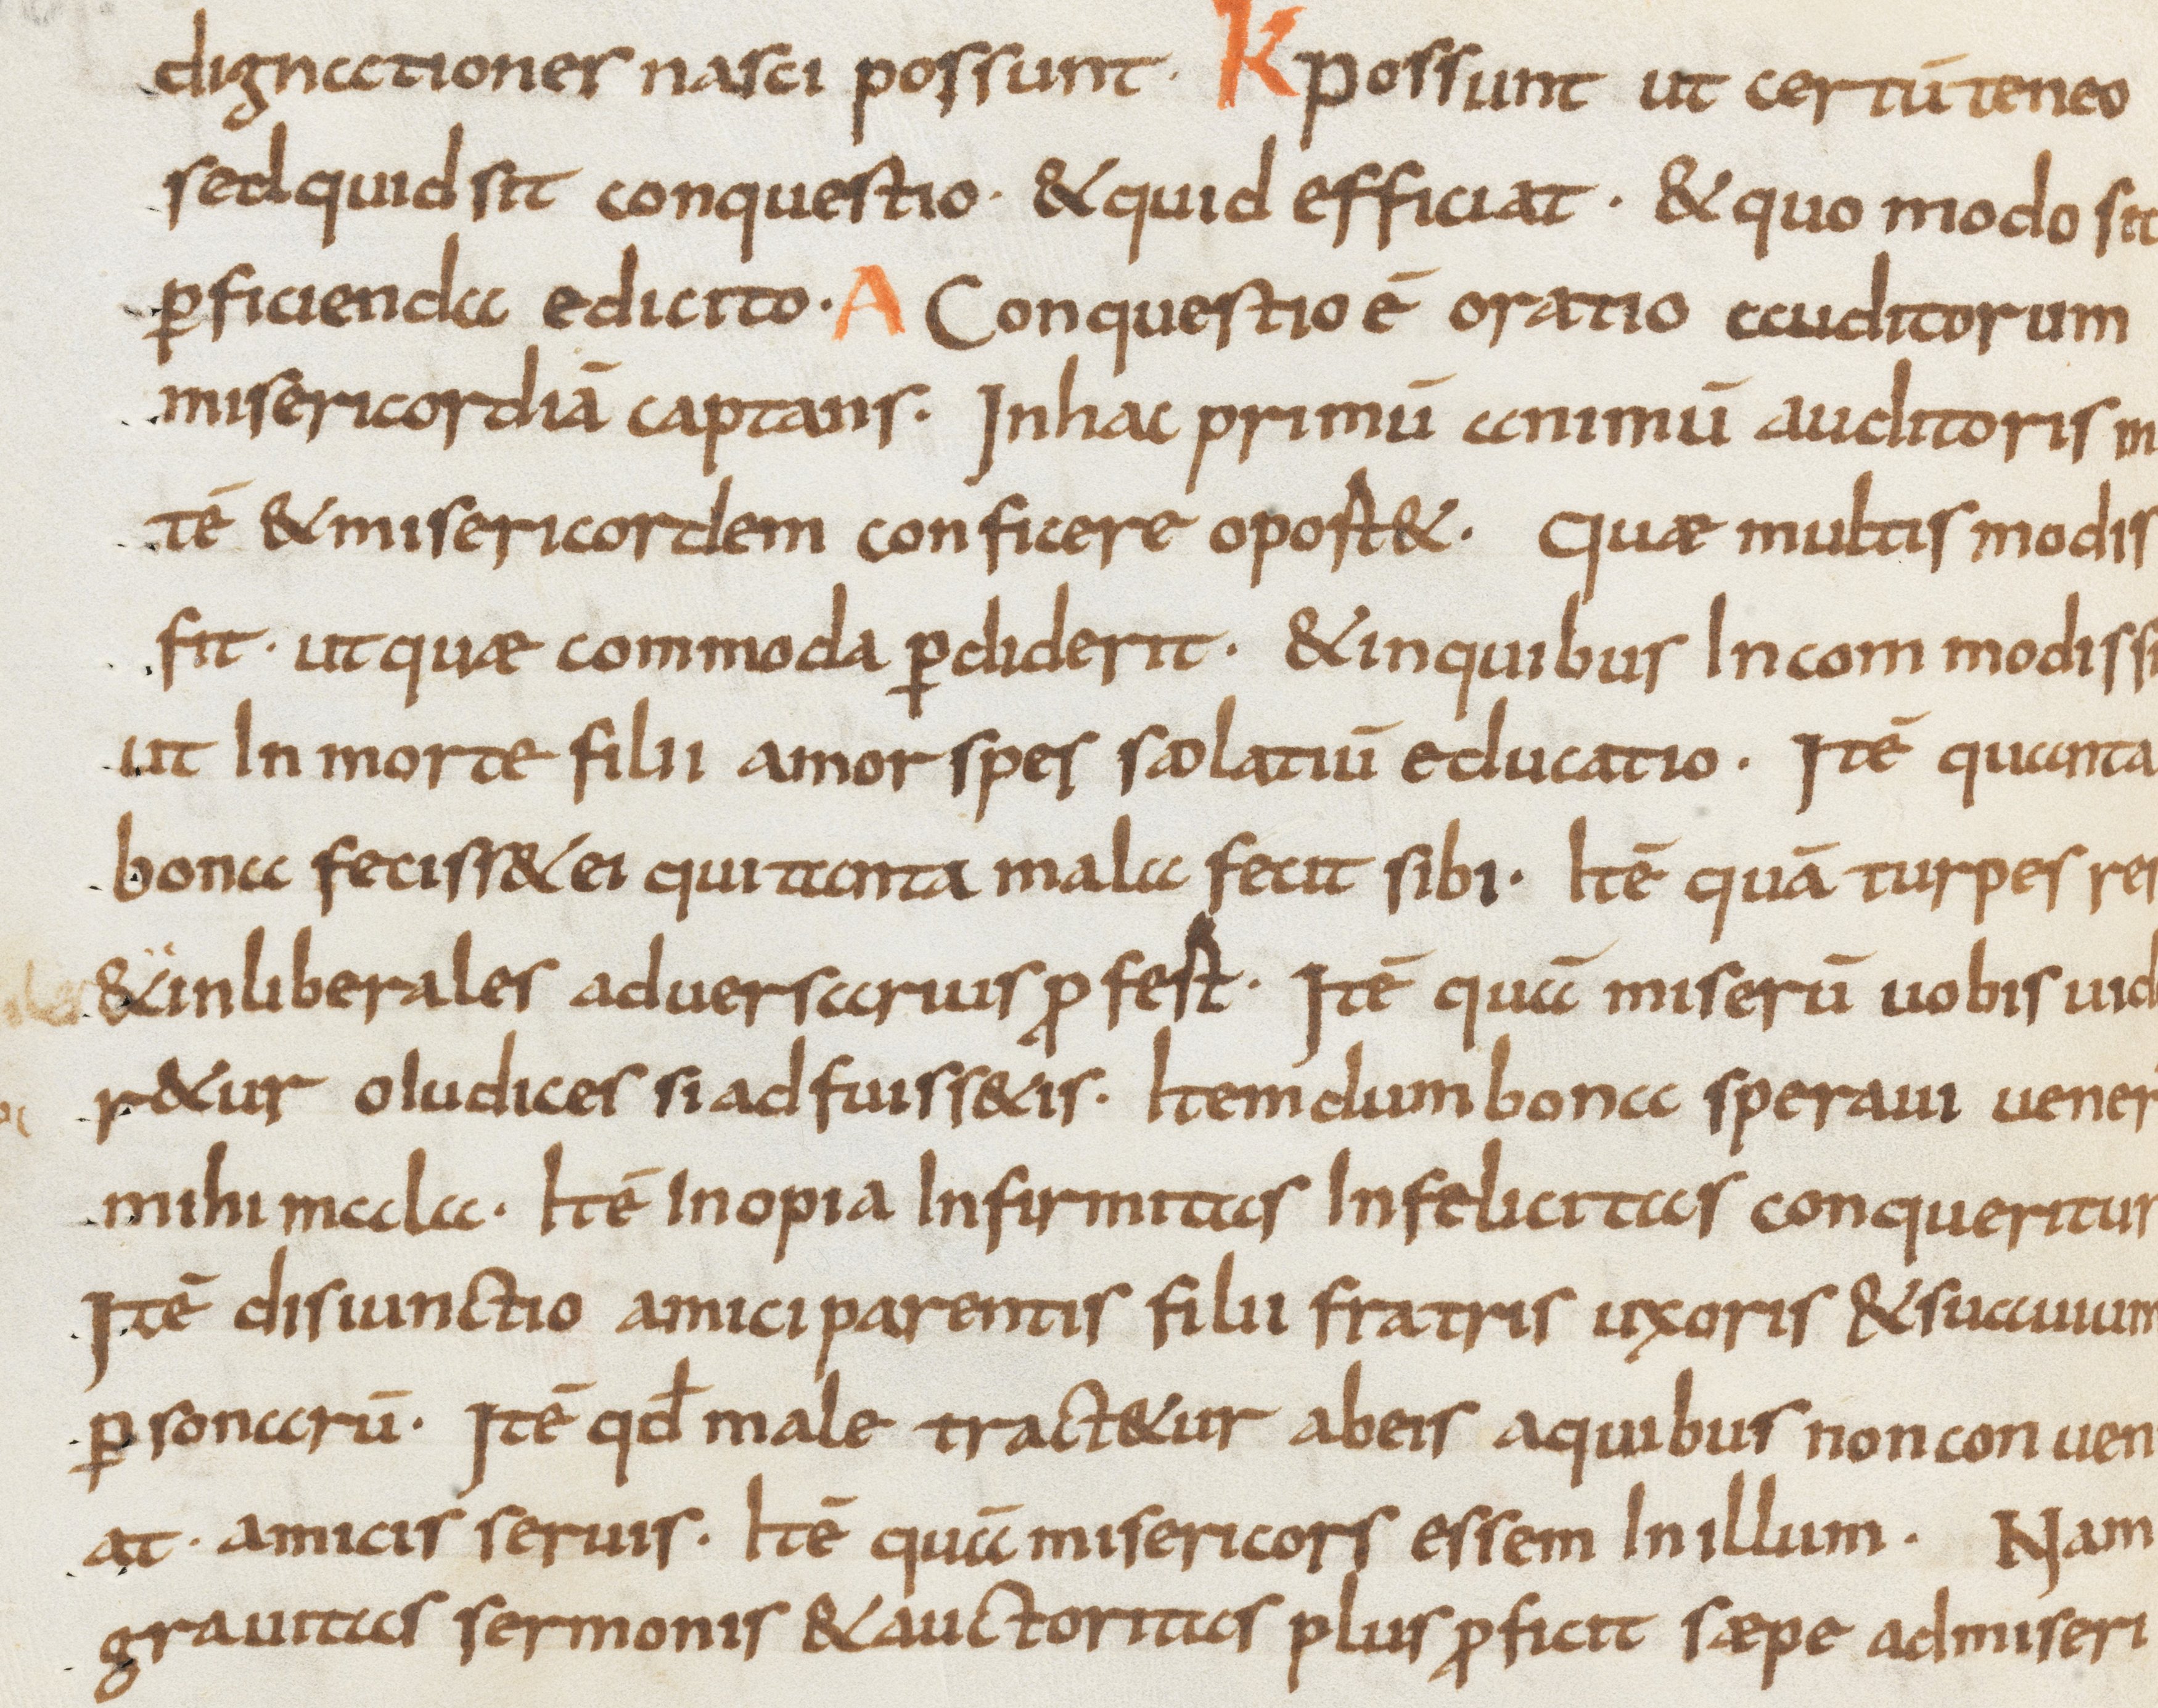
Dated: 800–899